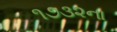
૧૭૩૨ના